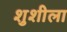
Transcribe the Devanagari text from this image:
शुशीला